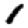
Digit: 1